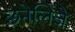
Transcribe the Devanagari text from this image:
छनेलिज़े